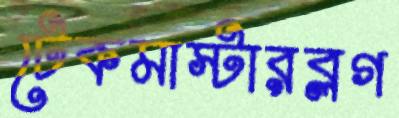
টেকমাস্টারব্লগ